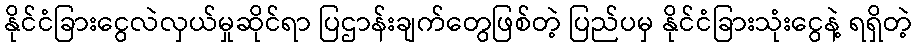
နိုင်ငံခြားငွေလဲလှယ်မှုဆိုင်ရာ ပြဌာန်းချက်တွေဖြစ်တဲ့ ပြည်ပမှ နိုင်ငံခြားသုံးငွေနဲ့ ရရှိတဲ့